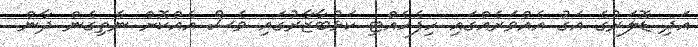
އަދި ޑޮލަރުގެ އަގު އެއްވަރެއްގައި ހިފެހެއްޓި ކަޅުބާޒާރުގައި ވެސް އެއްކޮށް ނެތިގެން ދާން.